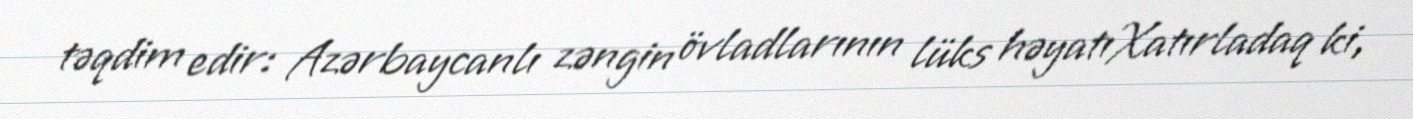
təqdim edir: Azərbaycanlı zəngin övladlarının lüks həyatıXatırladaq ki,